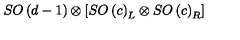
S O \left( d - 1 \right) \otimes \left[ S O \left( c \right) _ { L } \otimes S O \left( c \right) _ { R } \right]